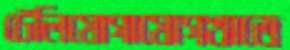
টেলিযোগাযোগখাতে